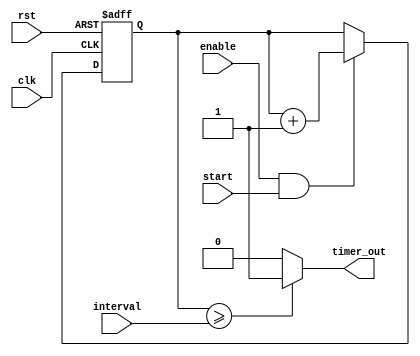
module IntervalTimer (
    input wire clk,
    input wire rst,
    input wire enable,
    input wire start,
    input wire [31:0] interval,
    output reg timer_out
);

reg [31:0] count;

always @(posedge clk or posedge rst)
begin
    if (rst)
        count <= 0;
    else if (enable && start)
        count <= count + 1;
end

always @*
begin
    if (count >= interval)
        timer_out = 1;
    else
        timer_out = 0;
end

endmodule